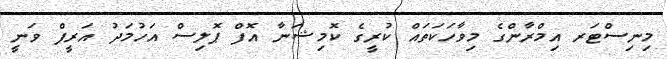
މިނިސްޓަރ އިމްރާންގެ މިވާހަކަތައް ކުރީގެ ކޮމިޝަނާ އޮފް ޕޮލިސް އަހުމަދު އަރީފް ވަނީ